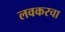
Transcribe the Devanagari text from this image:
लवकरचा